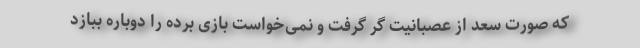
که صورت سعد از عصبانیت گُر گرفت و نمی‌خواست بازی بُرده را دوباره ببازد